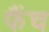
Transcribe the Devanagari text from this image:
फैंच